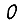
Digit: 0